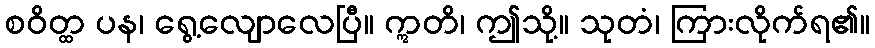
စဝိတ္ထ ပန၊ ရွေ့လျောလေပြီ။ ဣတိ၊ ဤသို့။ သုတံ၊ ကြားလိုက်ရ၏။